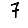
Digit: 7